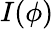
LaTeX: I(\phi)